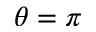
\theta = \pi